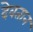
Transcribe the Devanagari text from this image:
देवतान